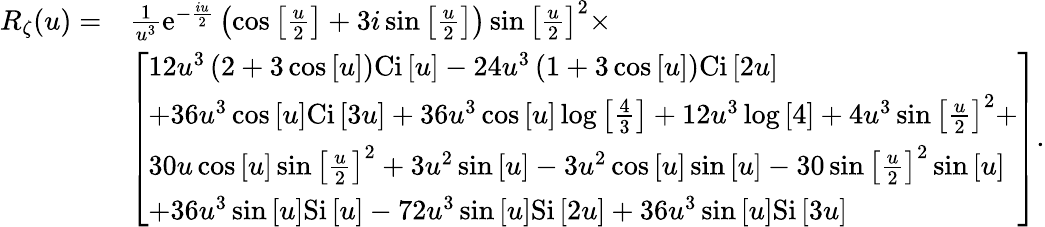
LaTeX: \begin{array}{rl}{{R_{\zeta}}(u)=}&{\frac{1}{{{u^{3}}}}{\mathrm{{e}}^{-\frac{{iu}}{2}}}\left({\cos\left[{\frac{u}{2}}\right]+3i\sin\left[{\frac{u}{2}}\right]}\right)\sin{\left[{\frac{u}{2}}\right]^{2}}\times}\\ &{\left[\begin{array}{l}{12{u^{3}}\left({2+3\cos\left[u\right]}\right){\mathrm{Ci}}\left[u\right]-24{u^{3}}\left({1+3\cos\left[u\right]}\right)\mathrm{{Ci}}\left[{2u}\right]}\\ {+36{u^{3}}\cos\left[u\right]{\mathrm{Ci}}\left[{3u}\right]+36{u^{3}}\cos\left[u\right]\log\left[{\frac{4}{3}}\right]+12{u^{3}}\log\left[4\right]+4{u^{3}}\sin{\left[{\frac{u}{2}}\right]^{2}}+}\\ {30u\cos\left[u\right]\sin{\left[{\frac{u}{2}}\right]^{2}}+3{u^{2}}\sin\left[u\right]-3{u^{2}}\cos\left[u\right]\sin\left[u\right]-30\sin{\left[{\frac{u}{2}}\right]^{2}}\sin\left[u\right]}\\ {+36{u^{3}}\sin\left[u\right]\mathrm{{Si}}\left[u\right]-72{u^{3}}\sin\left[u\right]{\mathrm{Si}}\left[{2u}\right]+36{u^{3}}\sin\left[u\right]\mathrm{{Si}}\left[{3u}\right]}\end{array}\right].}\end{array}